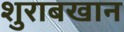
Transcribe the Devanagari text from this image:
शुराबखान